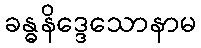
ခန္ဓနိဒ္ဒေသောနာမ